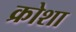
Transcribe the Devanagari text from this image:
क्रोशा